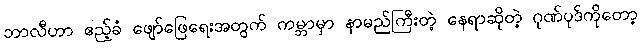
ဘာလီဟာ ဧည့်ခံ ဖျော်ဖြေရေးအတွက် ကမ္ဘာမှာ နာမည်ကြီးတဲ့ နေရာဆိုတဲ့ ဂုဏ်ပုဒ်ကိုတော့